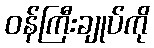
ဝန်ကြီးချုပ်ကို